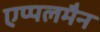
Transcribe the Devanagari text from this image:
एप्पलमैन